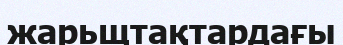
жарьщтақтардағы